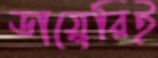
ডায়েরিই